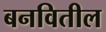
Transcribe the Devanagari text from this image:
बनवितील